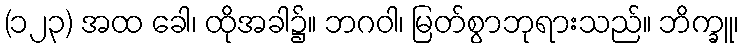
(၁၂၃) အထ ခေါ၊ ထိုအခါ၌။ ဘဂဝါ၊ မြတ်စွာဘုရားသည်။ ဘိက္ခူ၊